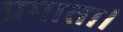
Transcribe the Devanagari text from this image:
प्रमाता।